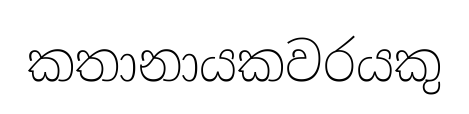
කතානායකවරයකු